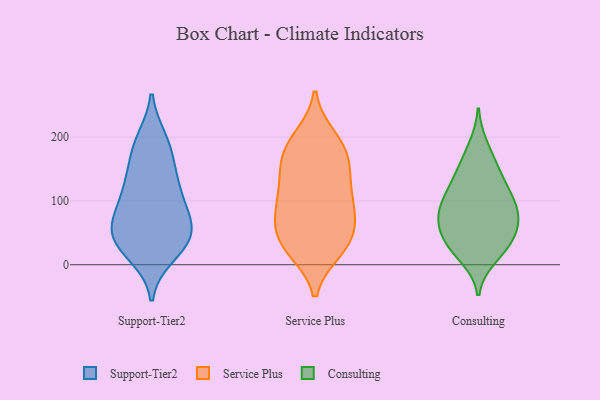
{"axis": {"x": "Conversion Rate (%)", "y": "Value"}, "legend": ["Consulting", "Service Plus", "Support-Tier2"], "data": [{"x": "", "y": 49, "type": "Support-Tier2"}, {"x": "", "y": 77, "type": "Support-Tier2"}, {"x": "", "y": 67, "type": "Support-Tier2"}, {"x": "", "y": 178, "type": "Support-Tier2"}, {"x": "", "y": 47, "type": "Support-Tier2"}, {"x": "", "y": 105, "type": "Support-Tier2"}, {"x": "", "y": 196, "type": "Support-Tier2"}, {"x": "", "y": 190, "type": "Support-Tier2"}, {"x": "", "y": 29, "type": "Support-Tier2"}, {"x": "", "y": 93, "type": "Support-Tier2"}, {"x": "", "y": 28, "type": "Support-Tier2"}, {"x": "", "y": 40, "type": "Support-Tier2"}, {"x": "", "y": 15, "type": "Support-Tier2"}, {"x": "", "y": 129, "type": "Support-Tier2"}, {"x": "", "y": 128, "type": "Support-Tier2"}, {"x": "", "y": 62, "type": "Support-Tier2"}, {"x": "", "y": 144, "type": "Support-Tier2"}, {"x": "", "y": 88, "type": "Service Plus"}, {"x": "", "y": 189, "type": "Service Plus"}, {"x": "", "y": 22, "type": "Service Plus"}, {"x": "", "y": 148, "type": "Service Plus"}, {"x": "", "y": 43, "type": "Service Plus"}, {"x": "", "y": 200, "type": "Service Plus"}, {"x": "", "y": 101, "type": "Service Plus"}, {"x": "", "y": 165, "type": "Service Plus"}, {"x": "", "y": 166, "type": "Service Plus"}, {"x": "", "y": 49, "type": "Service Plus"}, {"x": "", "y": 83, "type": "Service Plus"}, {"x": "", "y": 75, "type": "Service Plus"}, {"x": "", "y": 25, "type": "Service Plus"}, {"x": "", "y": 51, "type": "Service Plus"}, {"x": "", "y": 103, "type": "Service Plus"}, {"x": "", "y": 144, "type": "Service Plus"}, {"x": "", "y": 23, "type": "Service Plus"}, {"x": "", "y": 191, "type": "Service Plus"}, {"x": "", "y": 124, "type": "Service Plus"}, {"x": "", "y": 63, "type": "Consulting"}, {"x": "", "y": 12, "type": "Consulting"}, {"x": "", "y": 119, "type": "Consulting"}, {"x": "", "y": 75, "type": "Consulting"}, {"x": "", "y": 74, "type": "Consulting"}, {"x": "", "y": 67, "type": "Consulting"}, {"x": "", "y": 185, "type": "Consulting"}, {"x": "", "y": 97, "type": "Consulting"}, {"x": "", "y": 35, "type": "Consulting"}, {"x": "", "y": 30, "type": "Consulting"}, {"x": "", "y": 101, "type": "Consulting"}, {"x": "", "y": 91, "type": "Consulting"}, {"x": "", "y": 25, "type": "Consulting"}, {"x": "", "y": 158, "type": "Consulting"}, {"x": "", "y": 126, "type": "Consulting"}, {"x": "", "y": 46, "type": "Consulting"}, {"x": "", "y": 146, "type": "Consulting"}]}